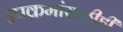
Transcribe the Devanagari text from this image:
उपक्रमांसाठीही